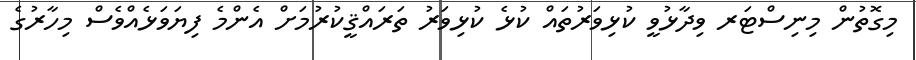
މިގޮތުން މިނިސްޓަރ ވިދާޅުވީ ކުޅިވަރުތައް ކުޅެ ކުޅިވަރު ތަރައްޤީކުރުމަށް އެންމެ ފިޔަވަޅެއްވެސް މިހާރުގެ